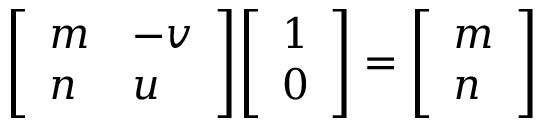
{ \left[ \begin{array} { l l } { m } & { - v } \\ { n } & { u } \end{array} \right] } { \left[ \begin{array} { l } { 1 } \\ { 0 } \end{array} \right] } = { \left[ \begin{array} { l } { m } \\ { n } \end{array} \right] }